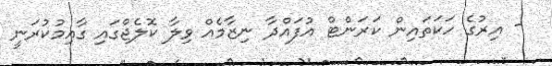
- އިރުގެ ހަކަތައިން ކަރަންޓް އުފައްދާ ނިޒާމެއް ވިލާ ކޮލެޖްގައި ގާއިމުކުރަނީ